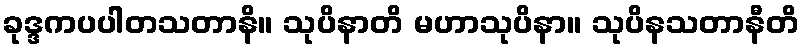
ခုဒ္ဒကပပါတသတာနိ။ သုပိနာတိ မဟာသုပိနာ။ သုပိနသတာနီတိ